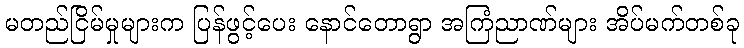
မတည်ငြိမ်မှုများက ပြန်ဖွင့်ပေး နောင်တောရွာ အကြံညာဏ်များ အိပ်မက်တစ်ခု